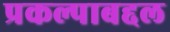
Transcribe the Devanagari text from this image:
प्रकल्पाबद्दल